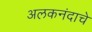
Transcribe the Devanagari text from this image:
अलकनंदाचे